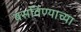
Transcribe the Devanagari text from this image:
बसविण्याच्या